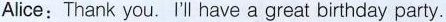
Alice:Thank you.'ll have a great birthday party.